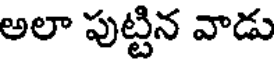
అలా పుట్టిన వాడు